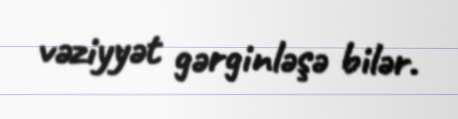
vəziyyət gərginləşə bilər.